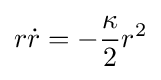
r{\dot {r}}=-{\frac {\kappa }{2}}r^{2}